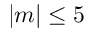
| m | \le 5